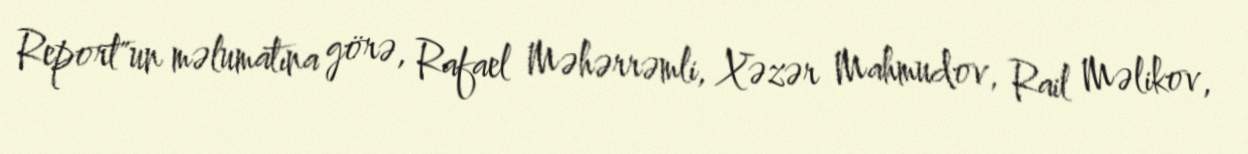
Report"un məlumatına görə, Rafael Məhərrəmli, Xəzər Mahmudov, Rail Məlikov,